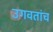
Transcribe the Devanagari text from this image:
उगवतांच